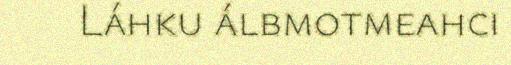
Láhku álbmotmeahci